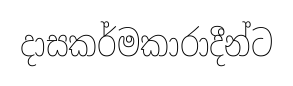
දාසකර්මකාරාදීන්ට